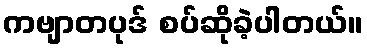
ကဗျာတပုဒ် စပ်ဆိုခဲ့ပါတယ်။